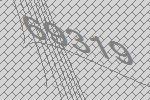
69319